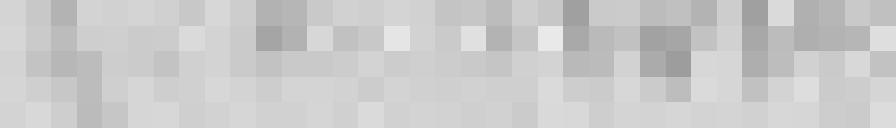
50 litres